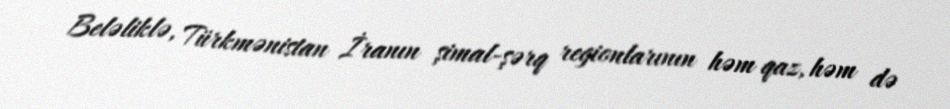
Beləliklə, Türkmənistan İranın şimal-şərq regionlarının həm qaz, həm də